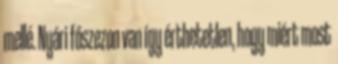
mellé. Nyári főszezon van így érthetetlen, hogy miért most